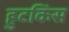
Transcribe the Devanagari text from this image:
हुटकिंस